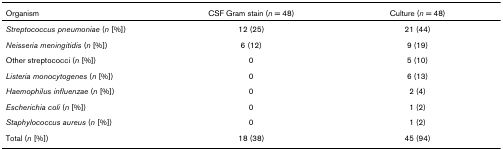
<table><thead><tr><td><b>Organism</b></td><td><b>CSF Gram stain (<i>n </i>= 48)</b></td><td><b>Culture (<i>n </i>= 48)</b></td></tr></thead><tbody><tr><td><i>Streptococcus pneumoniae </i>(<i>n </i>[%])</td><td>12 (25)</td><td>21 (44)</td></tr><tr><td><i>Neisseria meningitidis </i>(<i>n </i>[%])</td><td>6 (12)</td><td>9 (19)</td></tr><tr><td>Other streptococci (<i>n </i>[%])</td><td>0</td><td>5 (10)</td></tr><tr><td><i>Listeria monocytogenes </i>(<i>n </i>[%])</td><td>0</td><td>6 (13)</td></tr><tr><td><i>Haemophilus influenzae </i>(<i>n </i>[%])</td><td>0</td><td>2 (4)</td></tr><tr><td><i>Escherichia coli </i>(<i>n </i>[%])</td><td>0</td><td>1 (2)</td></tr><tr><td><i>Staphylococcus aureus </i>(<i>n </i>[%])</td><td>0</td><td>1 (2)</td></tr><tr><td>Total (<i>n </i>[%])</td><td>18 (38)</td><td>45 (94)</td></tr></tbody></table>